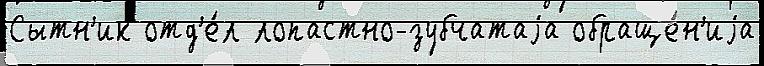
Сытн'ик отд'е́л лопастно-зубчатаjа обраще́н'иjа